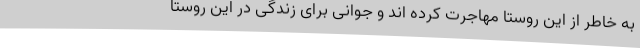
به خاطر از این روستا مهاجرت کرده اند و جوانی برای زندگی در این روستا